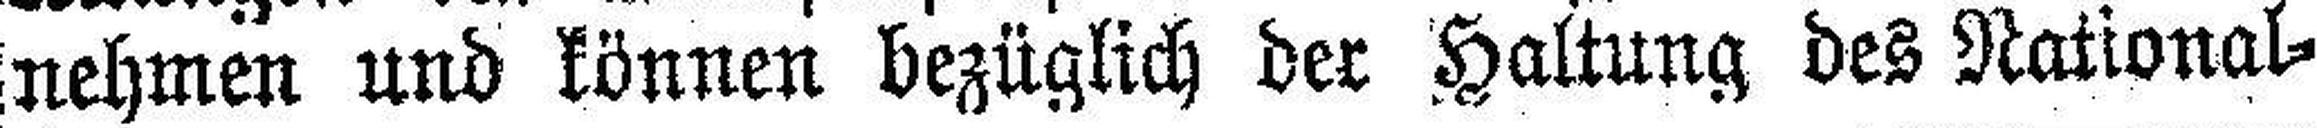
nehmen und können bezüglich der Haltung des National¬